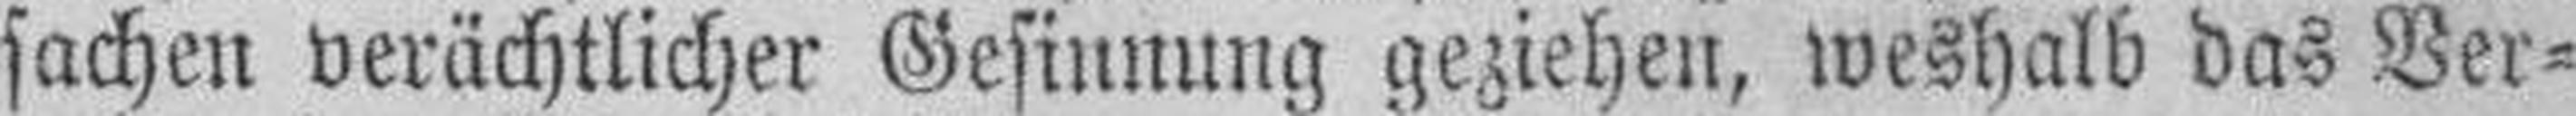
sachen verächtlicher Gesinnung geziehen, weshalb das Ver¬